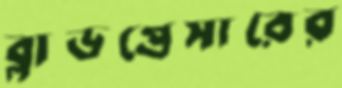
ব্লাডপ্রেসারের